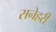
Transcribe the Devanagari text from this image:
सनेहरी